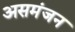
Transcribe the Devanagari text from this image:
असमंजन